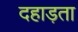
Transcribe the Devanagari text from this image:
दहाड़ता